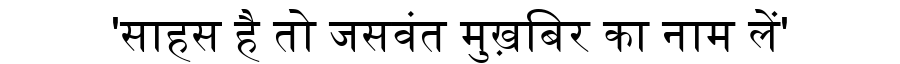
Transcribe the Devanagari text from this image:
'साहस है तो जसवंत मुख़बिर का नाम लें'